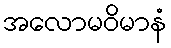
အလောမဝိမာနံ